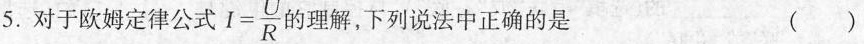
5.对于欧姆定律公式 $$I = \frac { U } { R }$$ 的理解，下列说法中正确的是 ( )